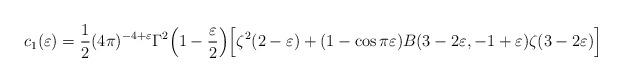
LaTeX: \begin{align*}c_1(\varepsilon)=\frac12 (4\pi)^{-4+\varepsilon}\Gamma^2\Big(1-\frac\varepsilon2\Big)\Big[\zeta^2(2-\varepsilon)+(1-\cos\pi\varepsilon)B(3-2\varepsilon,-1+\varepsilon)\zeta(3-2\varepsilon)\Big]\end{align*}